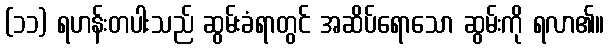
(၁၁) ရဟန်းတပါးသည် ဆွမ်းခံရာတွင် အဆိပ်ရောသော ဆွမ်းကို ရလာ၏။